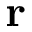
\bf { r }